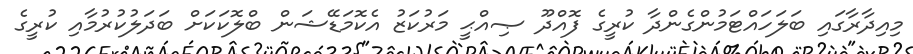
މިއިދާރާގައި ބަލަހައްޓަމުންގެންދާ ކުރީގެ ފޮއްދޫ ޞިއްޙީ މަރުކަޒު އެކޮމަޑޭޝަން ބްލޮކަކަށް ބަދަލުކުރުމާއި ކުރީގެ